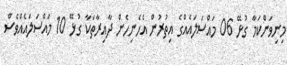
މިނިވަންކަމާ ގުޅޭ 06 މައްސަލައެއްގެ އިތުރުން އެހެނިހެން ދާއިރާތަކާ ގުޅޭ 10 މައްސަލައެއްވެސް